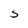
Character: S